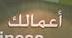
أعمالك